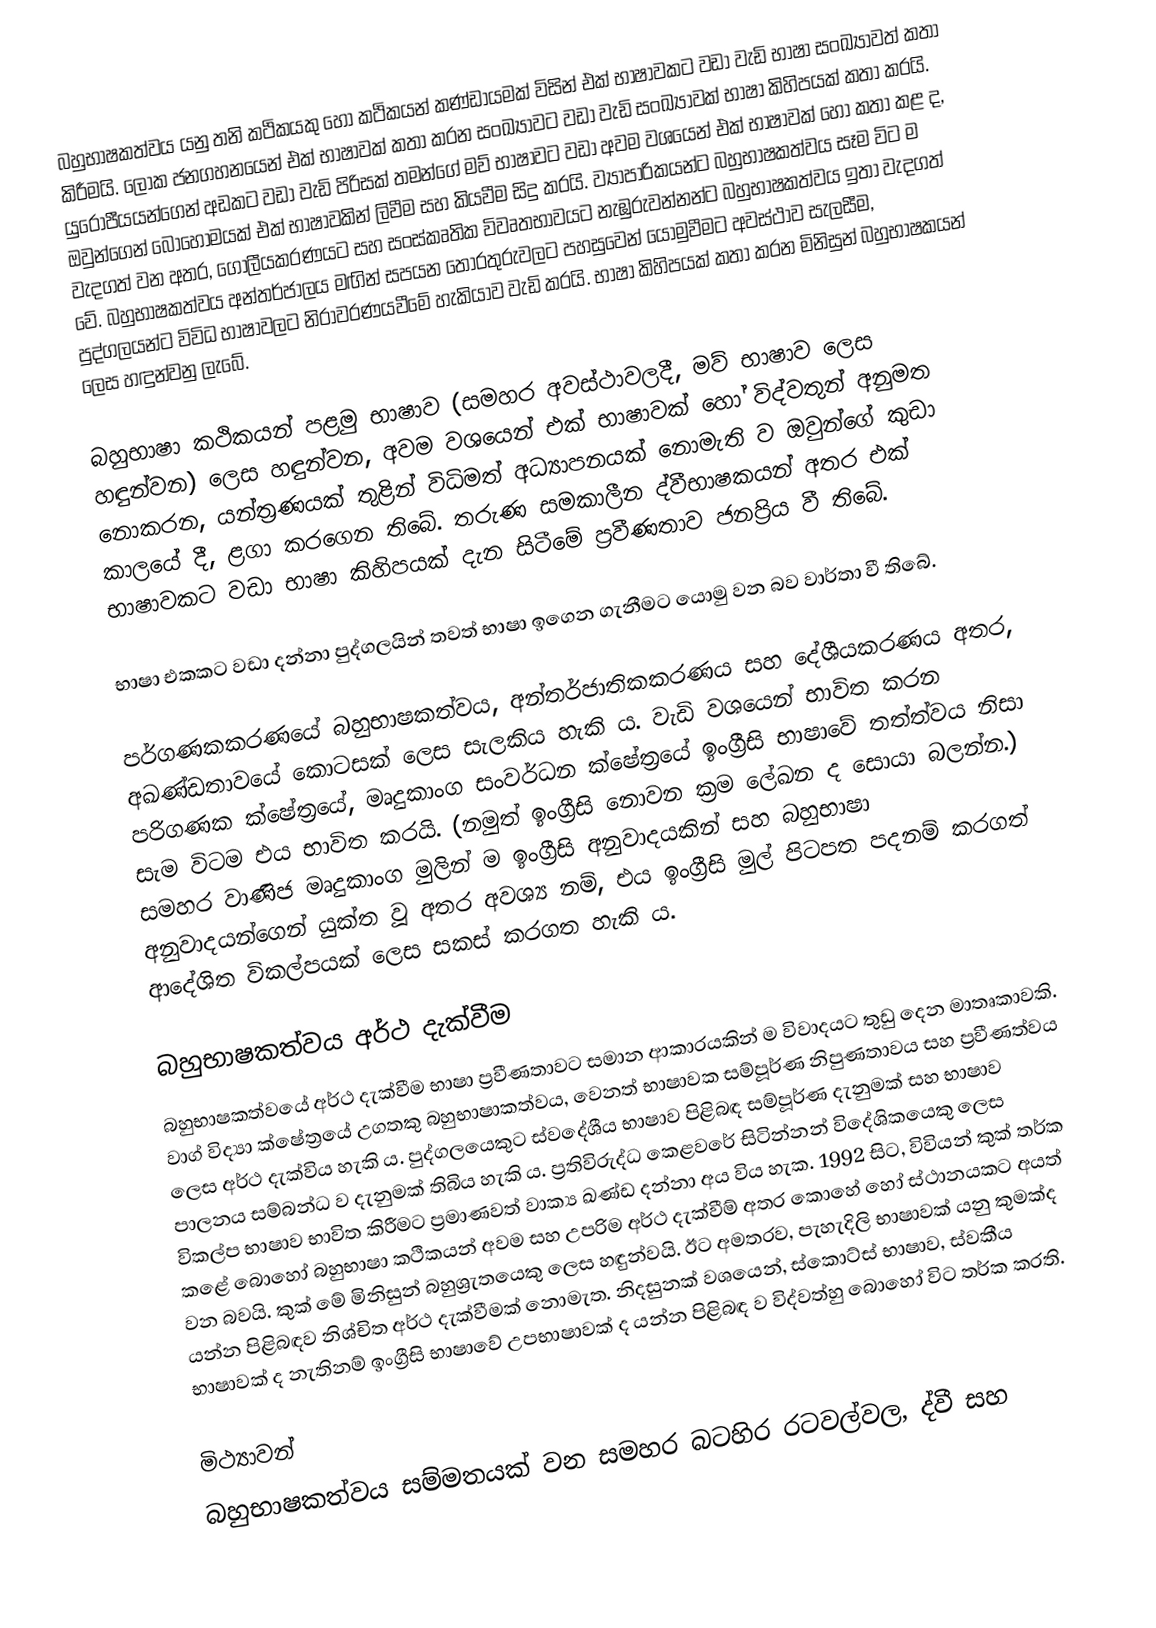
බහුභාෂකත්වය යනු තනි කථිකයකු හෝ කථිකයන් කණ්ඩායමක් විසින් එක් භාෂාවකට වඩා වැඩි භාෂා සංඛ්‍යාවත් කතා කිරීමයි. ලෝක ජනගහනයෙන් එක් භාෂාවක් කතා කරන සංඛ්‍යාවට වඩා වැඩි සංඛ්‍යාවක් භාෂා කිහිපයක් කතා කරයි. යුරෝපීයයන්ගෙන් අඩකට වඩා වැඩි පිරිසක් තමන්ගේ මව් භාෂාවට වඩා අවම වශයෙන් එක් භාෂාවක් හෝ කතා කළ ද, ඔවුන්ගෙන් බොහොමයක් එක් භාෂාවකින් ලිවීම සහ කියවීම සිදු කරයි. ව්‍යාපාරිකයන්ට බහුභාෂකත්වය සෑම විට ම වැදගත් වන අතර, ගෝලීයකරණයට සහ සංස්කෘතික විවෘතභාවයට නැඹුරුවන්නන්ට බහුභාෂකත්වය ඉතා වැදගත් වේ. බහුභාෂකත්වය අන්තර්ජාලය මඟින් සපයන තොරතුරුවලට පහසුවෙන් යොමුවීමට අවස්ථාව සැලසීම, පුද්ගලයන්ට විවිධ භාෂාවලට නිරාවරණයවීමේ හැකියාව වැඩි කරයි. භාෂා කිහිපයක් කතා කරන මිනිසුන් බහුභාෂකයන් ලෙස හඳුන්වනු ලැබේ.

බහුභාෂා කථිකයන් පළමු භාෂාව (සමහර අවස්ථාවලදී, මව් භාෂාව ලෙස හඳුන්වන) ලෙස හඳුන්වන, අවම වශයෙන් එක් භාෂාවක් හෝ විද්වතුන් අනුමත නොකරන, යන්ත්‍රණයක් තුළින් විධිමත් අධ්‍යාපනයක් නොමැති ව ඔවුන්ගේ කුඩා කාලයේ දී, ළගා කරගෙන තිබේ. තරුණ සමකාලීන ද්වීභාෂකයන් අතර එක් භාෂාවකට වඩා භාෂා කිහිපයක් දැන සිටීමේ ප්‍රවීණතාව ජනප්‍රිය වී තිබේ.

භාෂා එකකට වඩා දන්නා පුද්ගලයින් තවත් භාෂා ඉගෙන ගැනීමට යොමු වන බව වාර්තා වී තිබේ.

පර්ගණකකරණයේ බහුභාෂකත්වය, අන්තර්ජාතිකකරණය සහ දේශීයකරණය අතර, අඛණ්ඩතාවයේ කොටසක් ලෙස සැලකිය හැකි ය. වැඩි වශයෙන් භාවිත කරන පරිගණක ක්ෂේත්‍රයේ, මෘදුකාංග සංවර්ධන ක්ෂේත්‍රයේ ඉංග්‍රීසි භාෂාවේ තත්ත්වය නිසා සැම විටම එය භාවිත කරයි. (නමුත් ඉංග්‍රීසි නොවන ක්‍රම ලේඛන ද සොයා බලන්න.) සමහර වාණිජ මෘදුකාංග මුලින් ම ඉංග්‍රීසි අනුවාදයකින් සහ බහුභාෂා අනුවාදයන්ගෙන් යුක්ත වූ අතර අවශ්‍ය නම්,  එය ඉංග්‍රීසි මුල් පිටපත පදනම් කරගත් ආදේශිත විකල්පයක් ලෙස සකස් කරගත හැකි ය.

බහුභාෂකත්වය අර්ථ දැක්වීම
බහුභාෂකත්වයේ අර්ථ දැක්වීම භාෂා ප්‍රවීණතාවට සමාන ආකාරයකින් ම විවාදයට තුඩු දෙන මාතෘකාවකි. වාග් විද්‍යා ක්ෂේත්‍රයේ  උගතකු බහුභාෂාකත්වය, වෙනත් භාෂාවක සම්පූර්ණ නිපුණතාවය සහ ප්‍රවීණත්වය ලෙස අර්ථ දැක්විය හැකි ය. පුද්ගලයෙකුට ස්වදේශීය භාෂාව පිළිබඳ සම්පූර්ණ දැනුමක් සහ භාෂාව පාලනය සම්බන්ධ ව දැනුමක් තිබිය හැකි ය. ප්‍රතිවිරුද්ධ කෙළවරේ සිටින්නන් විදේශිකයෙකු ලෙස විකල්ප භාෂාව භාවිත කිරීමට ප්‍රමාණවත් වාක්‍ය ඛණ්ඩ දන්නා අය විය හැක. 1992 සිට, විවියන් කුක් තර්ක කළේ බොහෝ බහුභාෂා කථිකයන් අවම සහ උපරිම අර්ථ දැක්වීම් අතර කොහේ හෝ ස්ථානයකට අයත් වන බවයි. කුක් මේ මිනිසුන් බහුශ්‍රැතයෙකු ලෙස හඳුන්වයි. ඊට අමතරව, පැහැදිලි භාෂාවක් යනු කුමක්ද යන්න පිළිබඳව නිශ්චිත අර්ථ දැක්වීමක් නොමැත. නිදසුනක් වශයෙන්, ස්කොට්ස් භාෂාව, ස්වකීය භාෂාවක් ද නැතිනම් ඉංග්‍රීසි භාෂාවේ උපභාෂාවක් ද යන්න පිළිබඳ ව  විද්වත්හු බොහෝ විට තර්ක කරති.

මිථ්‍යාවන්
බහුභාෂකත්වය සම්මතයක් වන සමහර බටහිර රටවල්වල, ද්වී සහ